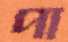
পা